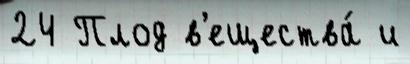
24 Плод в'ещества́ и